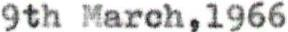
9th March,1966